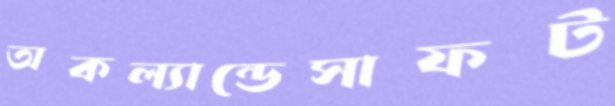
অকল্যান্ডেসাফট